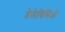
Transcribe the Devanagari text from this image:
तेलेविसिओं